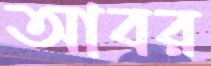
আবর